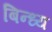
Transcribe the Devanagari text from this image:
बिन्ध्य